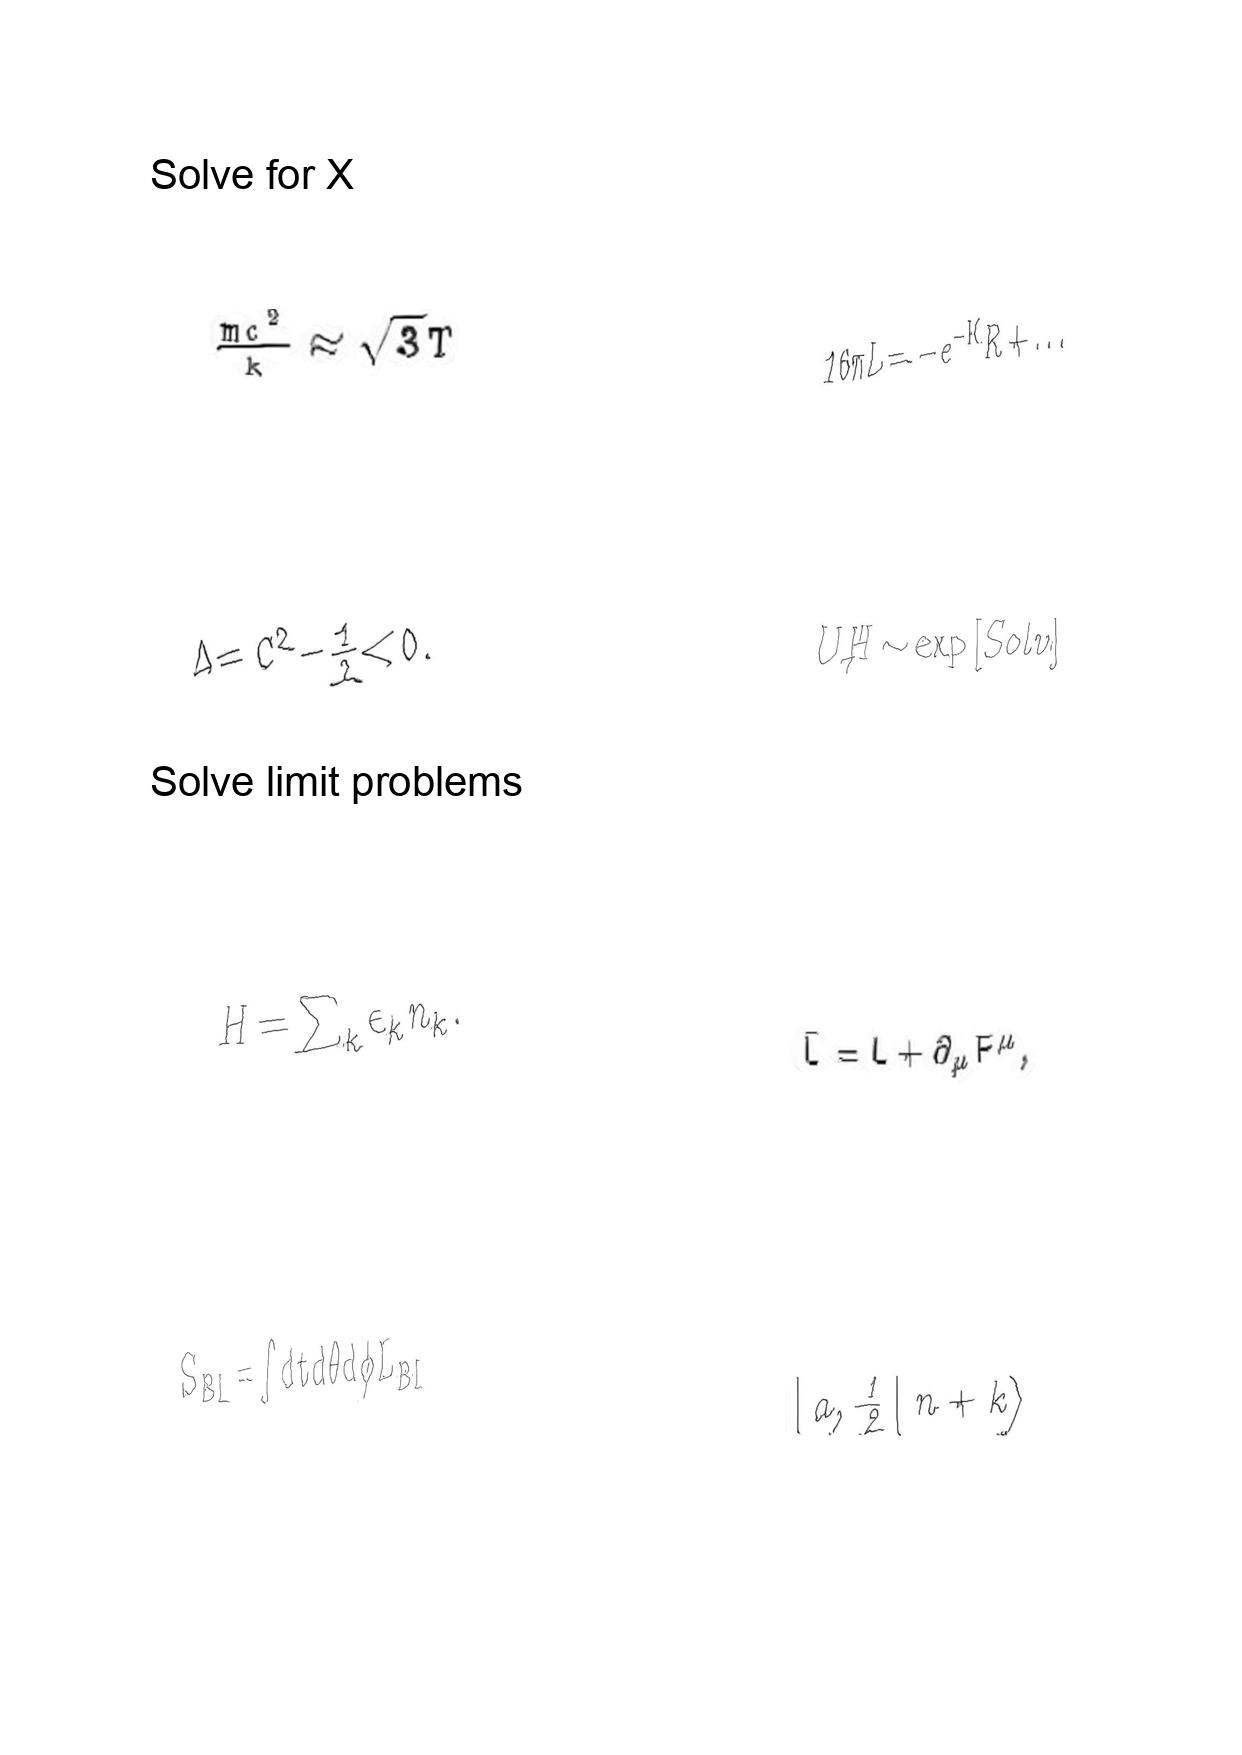
LaTeX transcription:
\frac { m c ^ { 2 } } { k } \approx \sqrt { 3 } T
\Delta = C ^ { 2 } - \frac { 1 } { 2 } \lt 0 .
H = \sum _ { k } \epsilon _ { k } n _ { k } .
S _ { B I } = \int d t d \theta d \phi L _ { B I }
1 6 \pi L = - e ^ { - K } R + \ldots
U / H \sim \exp \lbrack S o l v \rbrack
\bar { L } = L + \partial _ { \mu } F ^ { \mu } ,
\vert  a , \frac { 1 } { 2 } \vert n + k \rangle